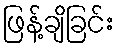
ဖြန့်ချိခြင်း